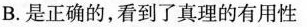
B. 是正确的，看到了真理的有用性